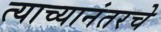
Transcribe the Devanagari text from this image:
त्याच्यानंतरचे